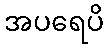
အပရေပိ